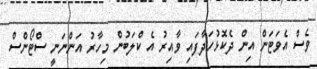
ވެސް އެވަޓަން އިން ދެކޮޅުހަދާފައި ވާއިރު އެ ކްލަބުން މިހާރު އަންނަނީ ސްޓޯންސް